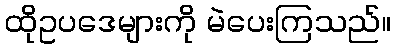
ထိုဥပဒေများကို မဲပေးကြသည်။